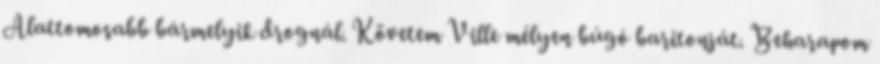
Alattomosabb bármelyik drognál. Követem Ville mélyen búgó baritonját. Beharapom